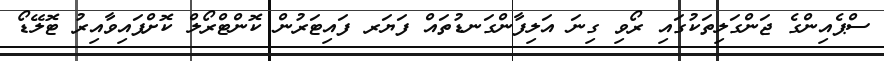
ސްޕެއިންގެ ޖަންގަލިތަކުގައި ރޯވި ގިނަ އަލިފާންގަނޑުތައް ފަޔަރ ފައިޓަރުން ކޮންޓްރޯލް ކޮށްފައިވާއިރު ޓޮލޭޑޯ